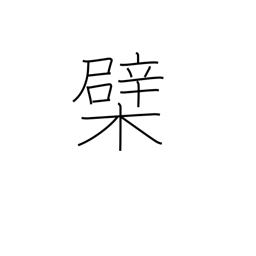
Meaning: Amur or Chinese cork tree